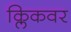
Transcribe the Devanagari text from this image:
क्लिकवर